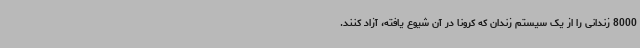
8000 زندانی را از یک سیستم زندان که کرونا در آن شیوع یافته، آزاد کنند.